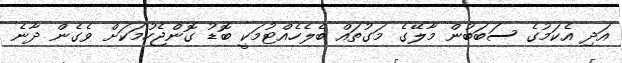
އަދި އެކަމުގެ ސަބަބުން މާލޭގެ މަގުތައް ބެލެހެއްޓުމަކީ ބޮޑު ގޮންޖެހުމަކަށް ވެގެން ދާނެ